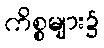
ကိစ္စများ၌